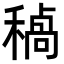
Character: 𮃥